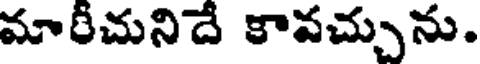
మారీచునిదే కావచ్చును.